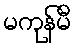
မကုန်မီ